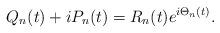
LaTeX: \begin{align*}Q_n(t)+iP_n(t)=R_n(t)e^{i\Theta_n(t)}.\end{align*}